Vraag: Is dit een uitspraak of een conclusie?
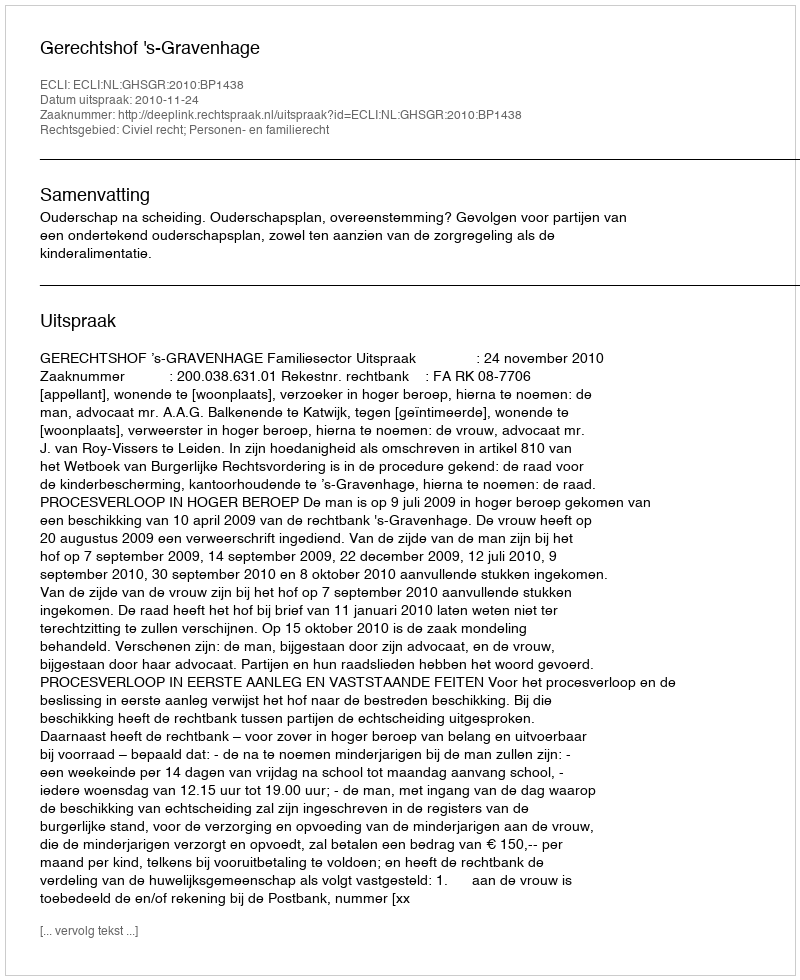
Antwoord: Uitspraak